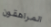
المراهقون